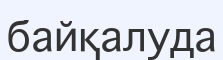
байқалуда